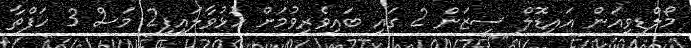
މޯލްޑިވިއަން އައިޑޮލް ސީޒަން 2 ގައި ބައިވެރިވުމަށް ހުޅުވާލައިފި2 މަސް 3 ހަފްތާ